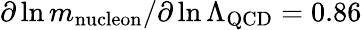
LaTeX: \partial\ln m_{\mathrm{nucleon}}/\partial\ln\Lambda_{\mathrm{QCD}}=0.86